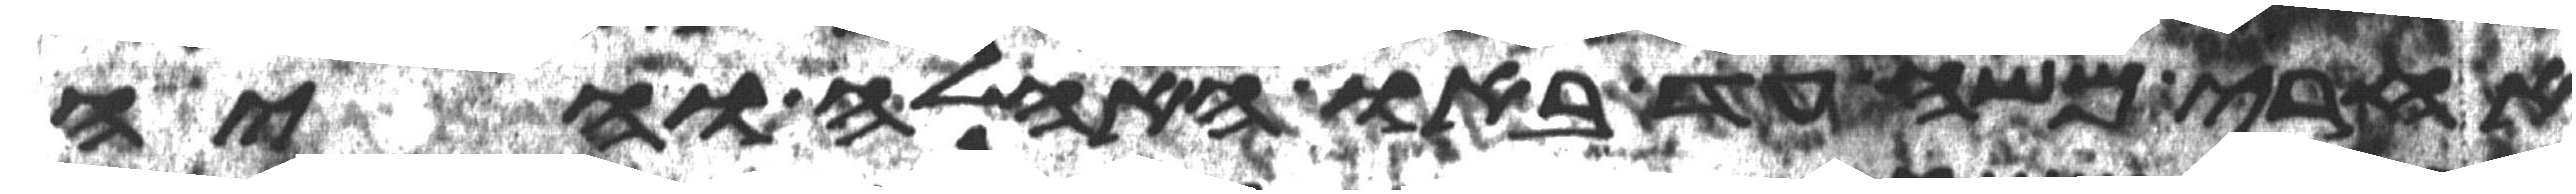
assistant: אחרי משה עד באו האהלה והיה